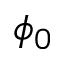
\phi _ { 0 }